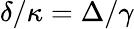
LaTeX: \delta/\kappa=\Delta/\gamma